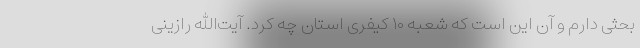
بحثی دارم و آن این است که شعبه ۱۰ کیفری استان چه کرد. آیت‌الله رازینی